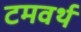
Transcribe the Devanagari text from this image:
टमवर्थ